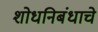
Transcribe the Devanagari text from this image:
शोधनिबंधाचे